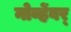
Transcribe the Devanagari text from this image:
नोव्हेंबर्